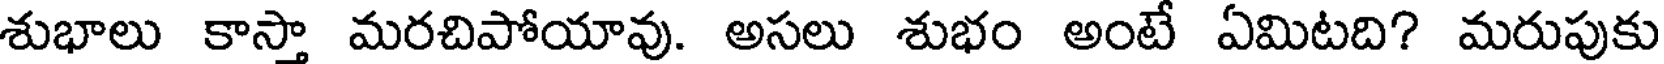
శుభాలు కాస్తా మరచిపోయావు. అసలు శుభం అంటే ఏమిటది? మరుపుకు